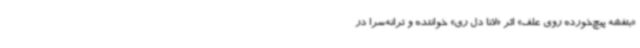
«بنفشه پیچ‌خورده روی علف‌» اثر «لانا دل ری» خواننده و ترانه‌سرا در